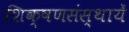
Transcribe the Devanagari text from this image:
शिक्षणसंस्थायें